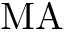
\mathrm { M A }